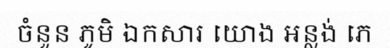
ចំនួន ភូមិ ឯកសារ យោង អន្លង់ ភេ